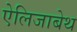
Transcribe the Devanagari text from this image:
ऐलिजाबेथ